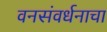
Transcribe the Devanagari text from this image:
वनसंवर्धनाचा